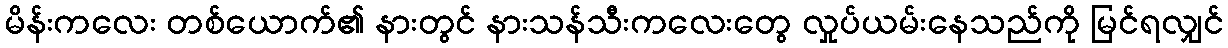
မိန်းကလေး တစ်ယောက်၏ နားတွင် နားသန်သီးကလေးတွေ လှုပ်ယမ်းနေသည်ကို မြင်ရလျှင်